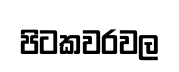
පිටකවරවල